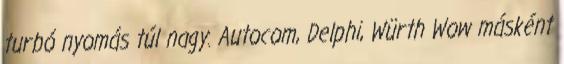
turbó nyomás túl nagy. Autocom, Delphi, Würth Wow másként